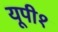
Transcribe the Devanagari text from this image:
यूपी१